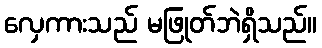
လှေကားသည် မဖြုတ်ဘဲရှိသည်။